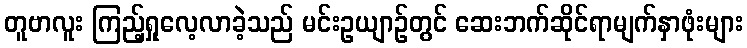
တူဗာလူး ကြည့်ရှုလေ့လာခဲ့သည် မင်းဥယျာဉ်တွင် ဆေးဘက်ဆိုင်ရာမျက်နှာဖုံးများ